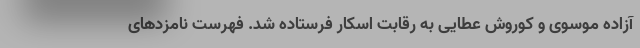
آزاده موسوی و کوروش عطایی به رقابت اسکار فرستاده شد. فهرست نامزدهای